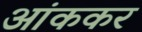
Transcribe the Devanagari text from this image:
आंककर